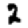
Digit: 2